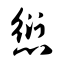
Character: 愆